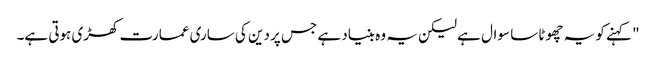
" کہنے کو یہ چھوٹا سا سوال ہے لیکن یہ وہ بنیاد ہے جس پر دین کی ساری عمارت کھڑی ہوتی ہے۔